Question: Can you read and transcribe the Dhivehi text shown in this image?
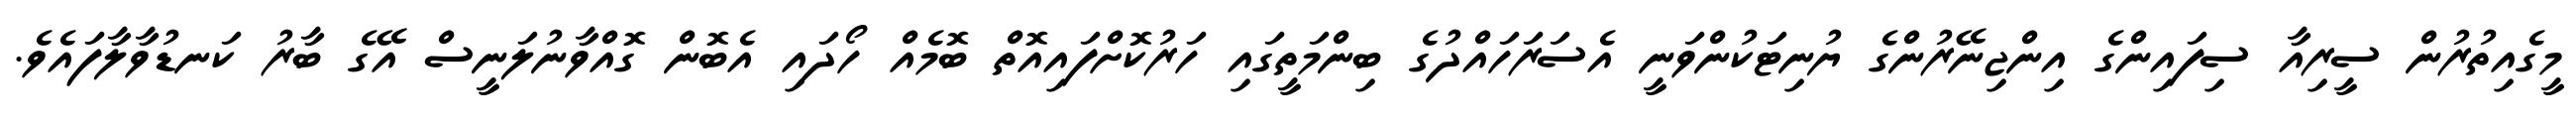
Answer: މީގެއިތުރުން ސީރިއާ ސިފައިންގެ އިންޖިނޭރުންގެ ޔުނިޓަކުންވަނީ އެސަރަހައްދުގެ ބިންމަތީގައި ހަރުކޮށްފައިއޮތް ބޮމެއް ހޯދައި އެބޮން ގޮއްވާނުލަނީސް އޭގެ ބާރު ކަނޑުވާލާފައެވެ.